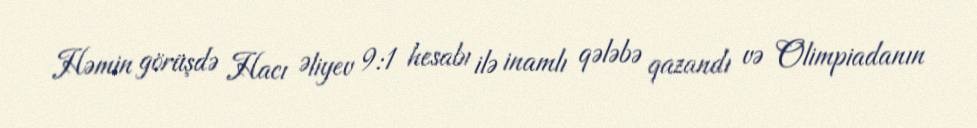
Həmin görüşdə Hacı Əliyev 9:1 hesabı ilə inamlı qələbə qazandı və Olimpiadanın